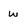
Character: w